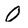
Character: 0